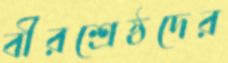
বীরশ্রেষ্ঠদের